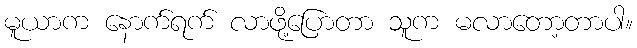
မူယာက နောက်ရက် လာဖို့ပြောတာ သူက မလာတော့တာပါ။